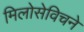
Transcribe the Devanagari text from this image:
मिलोसेविचने